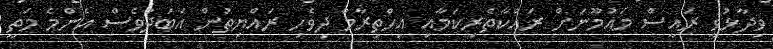
ވިދާޅުވީ ރައީސް މައުމޫނަށް ރައްކާތެރިކަމާއި އިހްތިރާމް ދިވެހި ރައްޔިތުން އަބަދުވެސް އެންމެ މަތީ